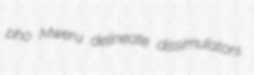
pho Mweru delineate dissimulators